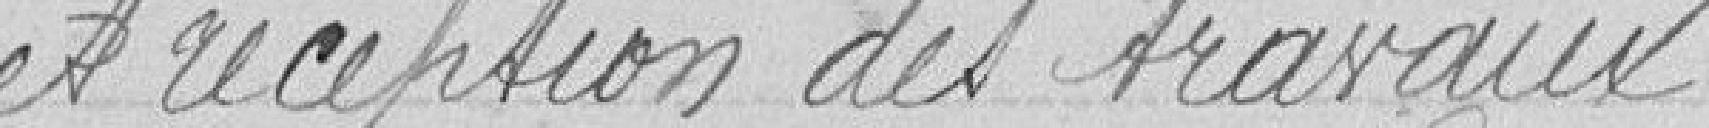
et réception des travaux.